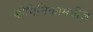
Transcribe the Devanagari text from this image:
डोमिनिकामधील